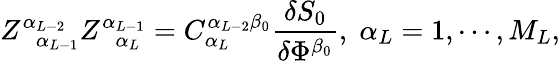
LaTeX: Z_{\; \; \alpha_{L-1}}^{\alpha_{L-2}}Z_{\; \; \alpha_{L}}^{\alpha_{L-1}}=C_{\alpha_{L}}^{\alpha_{L-2}\beta_{0}}\frac{\delta S_{0}}{\delta\Phi^{\beta_{0}}},\; \alpha_{L}=1,\cdots,M_{L},